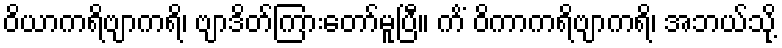
ဝိယာကရိဗျာကရိ၊ ဗျာဒိတ်ကြားတော်မူပြီ။ ကိံ ဝိကာကရိဗျာကရိ၊ အဘယ်သို့